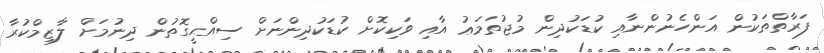
ފަރާތްތަކުން އަންހެނުންނާއި ކުޑަކުދިން މުޖުތަމަޢު އާއި ވަކިކޮށް ކުޑަކުދިންނަށް ސިއްޙީގޮތުން ދިނުމަށް ލާޒިމްކުރާ